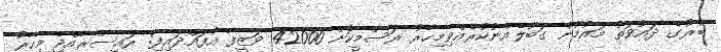
ބުރުގެ ދައުވަތު މައުމޫން ގަބޫލެއްނުކުރެއްވިމިހާރު ރަސްމީކޮށް 42000 ވަޒީފާ އުފައްދައިފި: ރައީސްރާއްޖެ މިހާރު